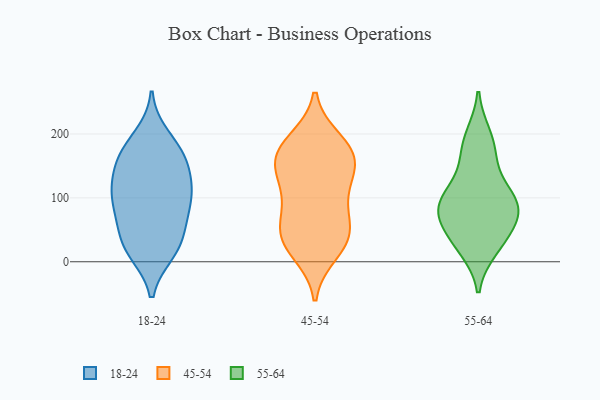
{"axis": {"x": "LTV (USD)", "y": "Value"}, "legend": ["18-24", "45-54", "55-64"], "data": [{"x": "", "y": 156, "type": "18-24"}, {"x": "", "y": 16, "type": "18-24"}, {"x": "", "y": 196, "type": "18-24"}, {"x": "", "y": 107, "type": "18-24"}, {"x": "", "y": 79, "type": "18-24"}, {"x": "", "y": 55, "type": "18-24"}, {"x": "", "y": 98, "type": "18-24"}, {"x": "", "y": 77, "type": "18-24"}, {"x": "", "y": 161, "type": "18-24"}, {"x": "", "y": 129, "type": "18-24"}, {"x": "", "y": 108, "type": "18-24"}, {"x": "", "y": 174, "type": "18-24"}, {"x": "", "y": 26, "type": "18-24"}, {"x": "", "y": 169, "type": "18-24"}, {"x": "", "y": 121, "type": "18-24"}, {"x": "", "y": 34, "type": "18-24"}, {"x": "", "y": 15, "type": "18-24"}, {"x": "", "y": 34, "type": "45-54"}, {"x": "", "y": 177, "type": "45-54"}, {"x": "", "y": 146, "type": "45-54"}, {"x": "", "y": 43, "type": "45-54"}, {"x": "", "y": 120, "type": "45-54"}, {"x": "", "y": 44, "type": "45-54"}, {"x": "", "y": 86, "type": "45-54"}, {"x": "", "y": 102, "type": "45-54"}, {"x": "", "y": 16, "type": "45-54"}, {"x": "", "y": 163, "type": "45-54"}, {"x": "", "y": 44, "type": "45-54"}, {"x": "", "y": 158, "type": "45-54"}, {"x": "", "y": 168, "type": "45-54"}, {"x": "", "y": 188, "type": "45-54"}, {"x": "", "y": 21, "type": "55-64"}, {"x": "", "y": 44, "type": "55-64"}, {"x": "", "y": 106, "type": "55-64"}, {"x": "", "y": 31, "type": "55-64"}, {"x": "", "y": 197, "type": "55-64"}, {"x": "", "y": 93, "type": "55-64"}, {"x": "", "y": 89, "type": "55-64"}, {"x": "", "y": 78, "type": "55-64"}, {"x": "", "y": 150, "type": "55-64"}, {"x": "", "y": 93, "type": "55-64"}, {"x": "", "y": 68, "type": "55-64"}, {"x": "", "y": 178, "type": "55-64"}]}